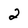
Character: 2